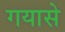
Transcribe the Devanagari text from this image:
गयासे